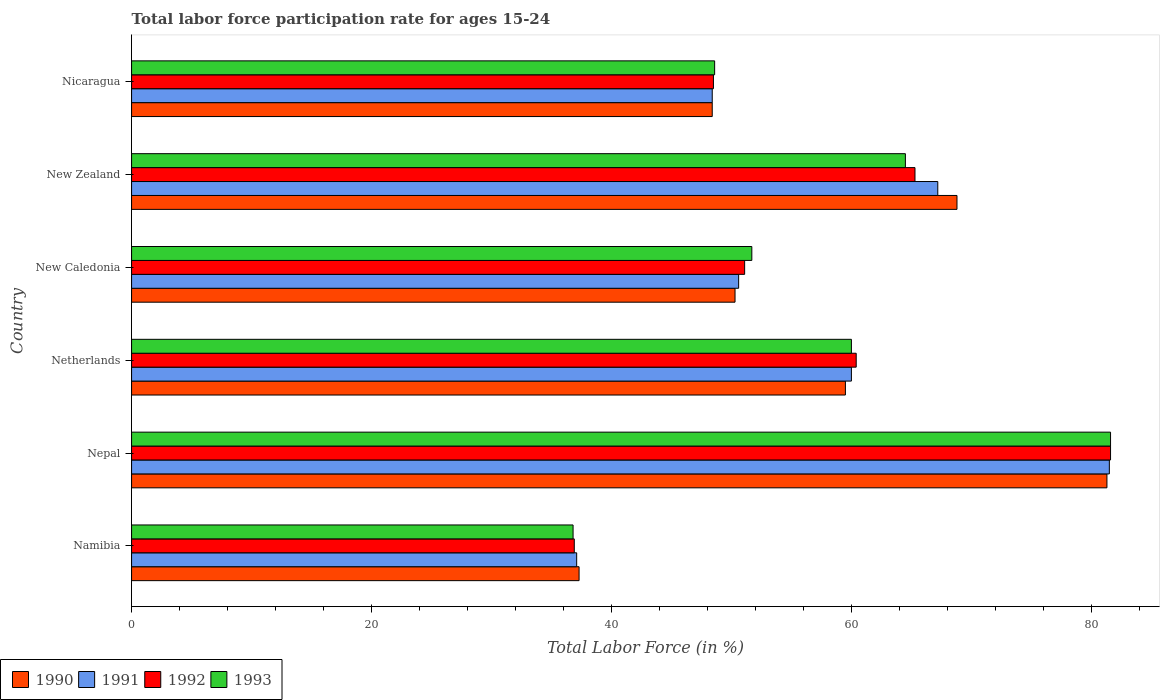
| Country | 1990 | 1991 | 1992 | 1993 |
 | --- | --- | --- | --- | --- |
 | Namibia | 37.3 | 37.1 | 36.9 | 36.8 |
 | Nepal | 81.3 | 81.5 | 81.6 | 81.6 |
 | Netherlands | 59.5 | 60 | 60.4 | 60 |
 | New Caledonia | 50.3 | 50.6 | 51.1 | 51.7 |
 | New Zealand | 68.8 | 67.2 | 65.3 | 64.5 |
 | Nicaragua | 48.4 | 48.4 | 48.5 | 48.6 |